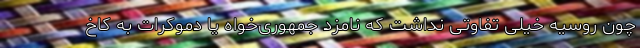
چون روسیه خیلی تفاوتی نداشت که نامزد جمهوری‌خواه یا دموکرات به کاخ